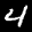
Label: 4